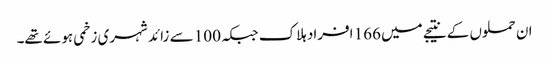
ان حملوں کے نتیجے میں 166 افراد ہلاک جبکہ 100 سے زائد شہری زخمی ہوئے تھے۔